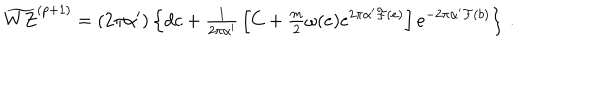
\widetilde { W Z } ^ { ( p + 1 ) } = ( 2 \pi \alpha ^ { \prime } ) \left\{ d c + { \textstyle \frac { 1 } { 2 \pi \alpha ^ { \prime } } } \left[ C + { \textstyle \frac { m } { 2 } } \omega ( e ) e ^ { 2 \pi \alpha ^ { \prime } { \cal F } ( e ) } \right] e ^ { - 2 \pi \alpha ^ { \prime } { \cal F } ( b ) } \right\} \, .